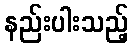
နည်းပါးသည့်